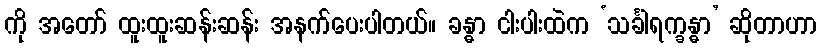
ကို အတော် ထူးထူးဆန်းဆန်း အနက်ပေးပါတယ်။ ခန္ဓာ ငါးပါးထဲက ‘သင်္ခါရက္ခန္ဓာ’ ဆိုတာဟာ